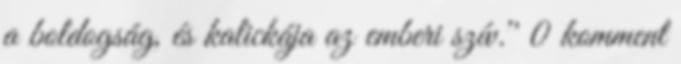
a boldogság, és kalickája az emberi szív.'' 0 komment